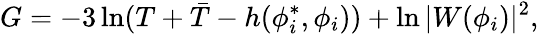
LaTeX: G=-3\ln(T+\bar{T}-h(\phi_{i}^{*},\phi_{i}))+\ln|W(\phi_{i})|^{2},